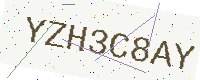
Text: YZH3C8AY